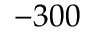
- 3 0 0